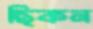
ছিকন